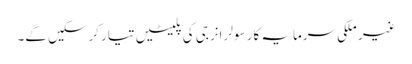
غیر ملکی سرمایہ کار سولر انرجی کی پلیٹیں تیار کرسکیں گے۔